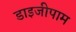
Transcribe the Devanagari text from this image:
डाइजीपाम